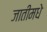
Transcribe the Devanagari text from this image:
जातीमधे